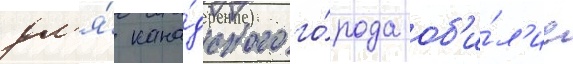
дл'я́ кана́дского го́рода об'и́л'ие